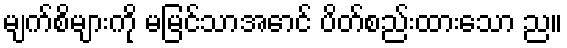
မျက်စိများကို မမြင်သာအောင် ပိတ်စည်းထားသော ည။